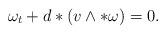
LaTeX: \begin{align*}\omega_{t}+ d\ast(v\wedge\ast\omega)=0.\end{align*}